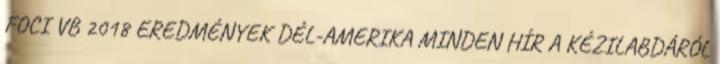
FOCI VB 2018 EREDMÉNYEK DÉL-AMERIKA MINDEN HÍR A KÉZILABDÁRÓL